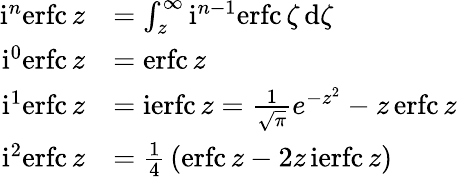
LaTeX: {\begin{array}{rl}{\operatorname{i}^{n}\! \operatorname{erfc}z}&{=\int_{z}^{\infty}\operatorname{i}^{n-1}\! \operatorname{erfc}\zeta\, \mathrm{d}\zeta}\\ {\operatorname{i}^{0}\! \operatorname{erfc}z}&{=\operatorname{erfc}z}\\ {\operatorname{i}^{1}\! \operatorname{erfc}z}&{=\operatorname{ierfc}z={\frac{1}{\sqrt{\pi}}}e^{-z^{2}}-z\operatorname{erfc}z}\\ {\operatorname{i}^{2}\! \operatorname{erfc}z}&{={\frac{1}{4}}\left(\operatorname{erfc}z-2z\operatorname{ierfc}z\right)}\end{array}}